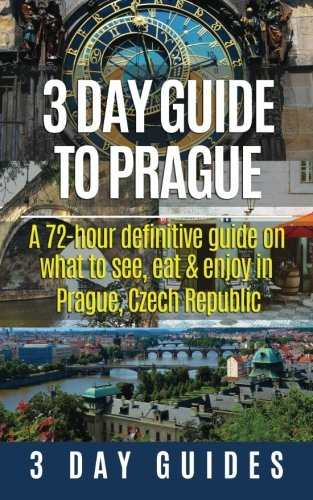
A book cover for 3 Day Guide to Prague: A 72-hour Definitive Guide on What to See, Eat and Enjoy in Prague, Czech Republic (3 Day Travel Guides) (Volume 16); 3 Day City Guides; Travel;